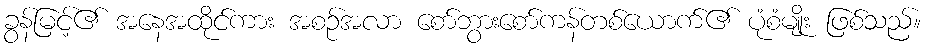
ခွန်မြင့်၏ အနေအထိုင်ကား အစဉ်အလာ စော်ဘွားစော်ကန်တစ်ယောက်၏ ပုံစံမျိုး ဖြစ်သည်။